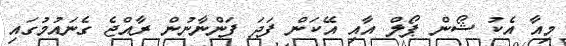
މިއާ އެކު ޝޯން ޕޯލް އާއި އޭކަން ފަދަ ފަންނާނުން ރާއްޖެ ގެނައުމުގައި